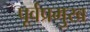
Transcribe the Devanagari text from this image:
पूर्वप्रमुख